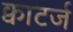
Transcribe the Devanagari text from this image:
क्वाटर्ज